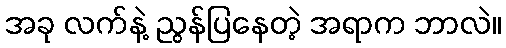
အခု လက်နဲ့ ညွန်ပြနေတဲ့ အရာက ဘာလဲ။